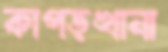
কাপড়খানা